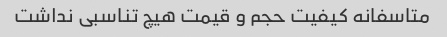
متاسفانه کیفیت حجم و قیمت هیچ تناسبی نداشت